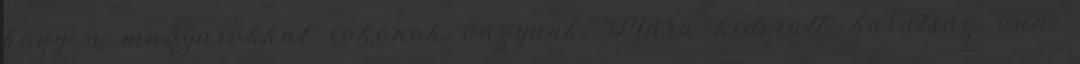
hogy a magyarokkal rokonok vagyunk. Mára kiderült: barátság van,